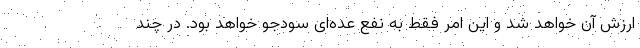
ارزش آن خواهد شد و این امر فقط به نفع عده‌ای سودجو خواهد بود. در چند